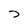
Character: D